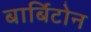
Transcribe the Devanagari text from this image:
बार्बिटोन